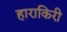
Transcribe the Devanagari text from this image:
हाराकिरी